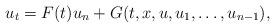
LaTeX: \begin{align*}u_t=F(t)u_n+G(t,x,u,u_1,\dots,u_{n-1}),\end{align*}